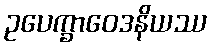
ဥပေက္ခာဝေဒနိယဿ